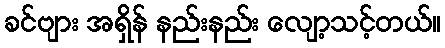
ခင်ဗျား အရှိန် နည်းနည်း လျော့သင့်တယ်။